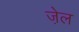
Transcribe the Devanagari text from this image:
जे़ल